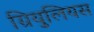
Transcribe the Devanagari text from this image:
ग्रियुलियस